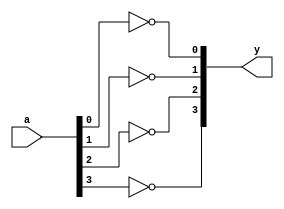
module xup_inv_vector #(parameter SIZE = 4 , DELAY = 3)(
    input [SIZE-1:0] a,
    output [SIZE-1:0] y
    );
    
   genvar i;
    generate
       for (i=0; i < SIZE; i=i+1) 
       begin: not_i
          not #DELAY(y[i], a[i]);
       end
    endgenerate
   
endmodule